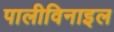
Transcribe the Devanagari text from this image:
पालीविनाइल